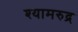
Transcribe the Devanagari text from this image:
श्यामरुद्र